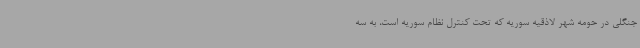
جنگلی در حومه شهر لاذقیه سوریه که تحت کنترل نظام سوریه است، به سه